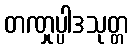
တဏှုပ္ပါဒသုတ္တ